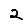
Digit: 2